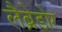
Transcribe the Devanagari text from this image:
लैब्रेडोर